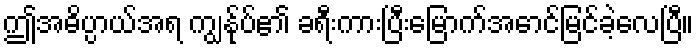
ဤအဓိပ္ပာယ်အရ ကျွန်ုပ်၏ ခရီးကားပြီးမြောက်အောင်မြင်ခဲ့လေပြီ။